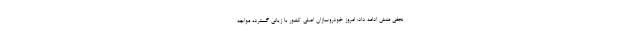
نجفی منش ادامه داد: امروز خودروسازان اصلی کشور با زیانی گسترده مواجه